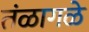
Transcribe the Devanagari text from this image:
तंळागळे